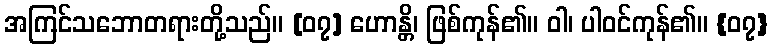
အကြင်သဘောတရားတို့သည်။ [၀၇] ဟောန္တိ၊ ဖြစ်ကုန်၏။ ဝါ၊ ပါဝင်ကုန်၏။ {၀၇}